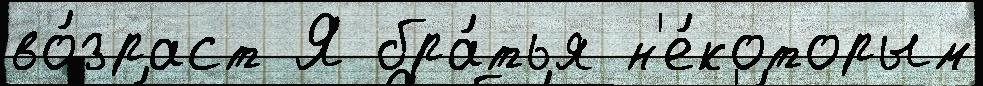
во́зраст Я бра́тья н'е́которым